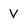
Character: V